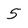
Character: 5